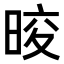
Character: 𭦑